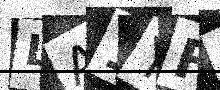
Text: LA1YF3